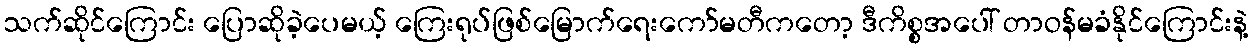
သက်ဆိုင်ကြောင်း ပြောဆိုခဲ့ပေမယ့် ကြေးရုပ်ဖြစ်မြောက်ရေးကော်မတီကတော့ ဒီကိစ္စအပေါ် တာဝန်မခံနိုင်ကြောင်းနဲ့